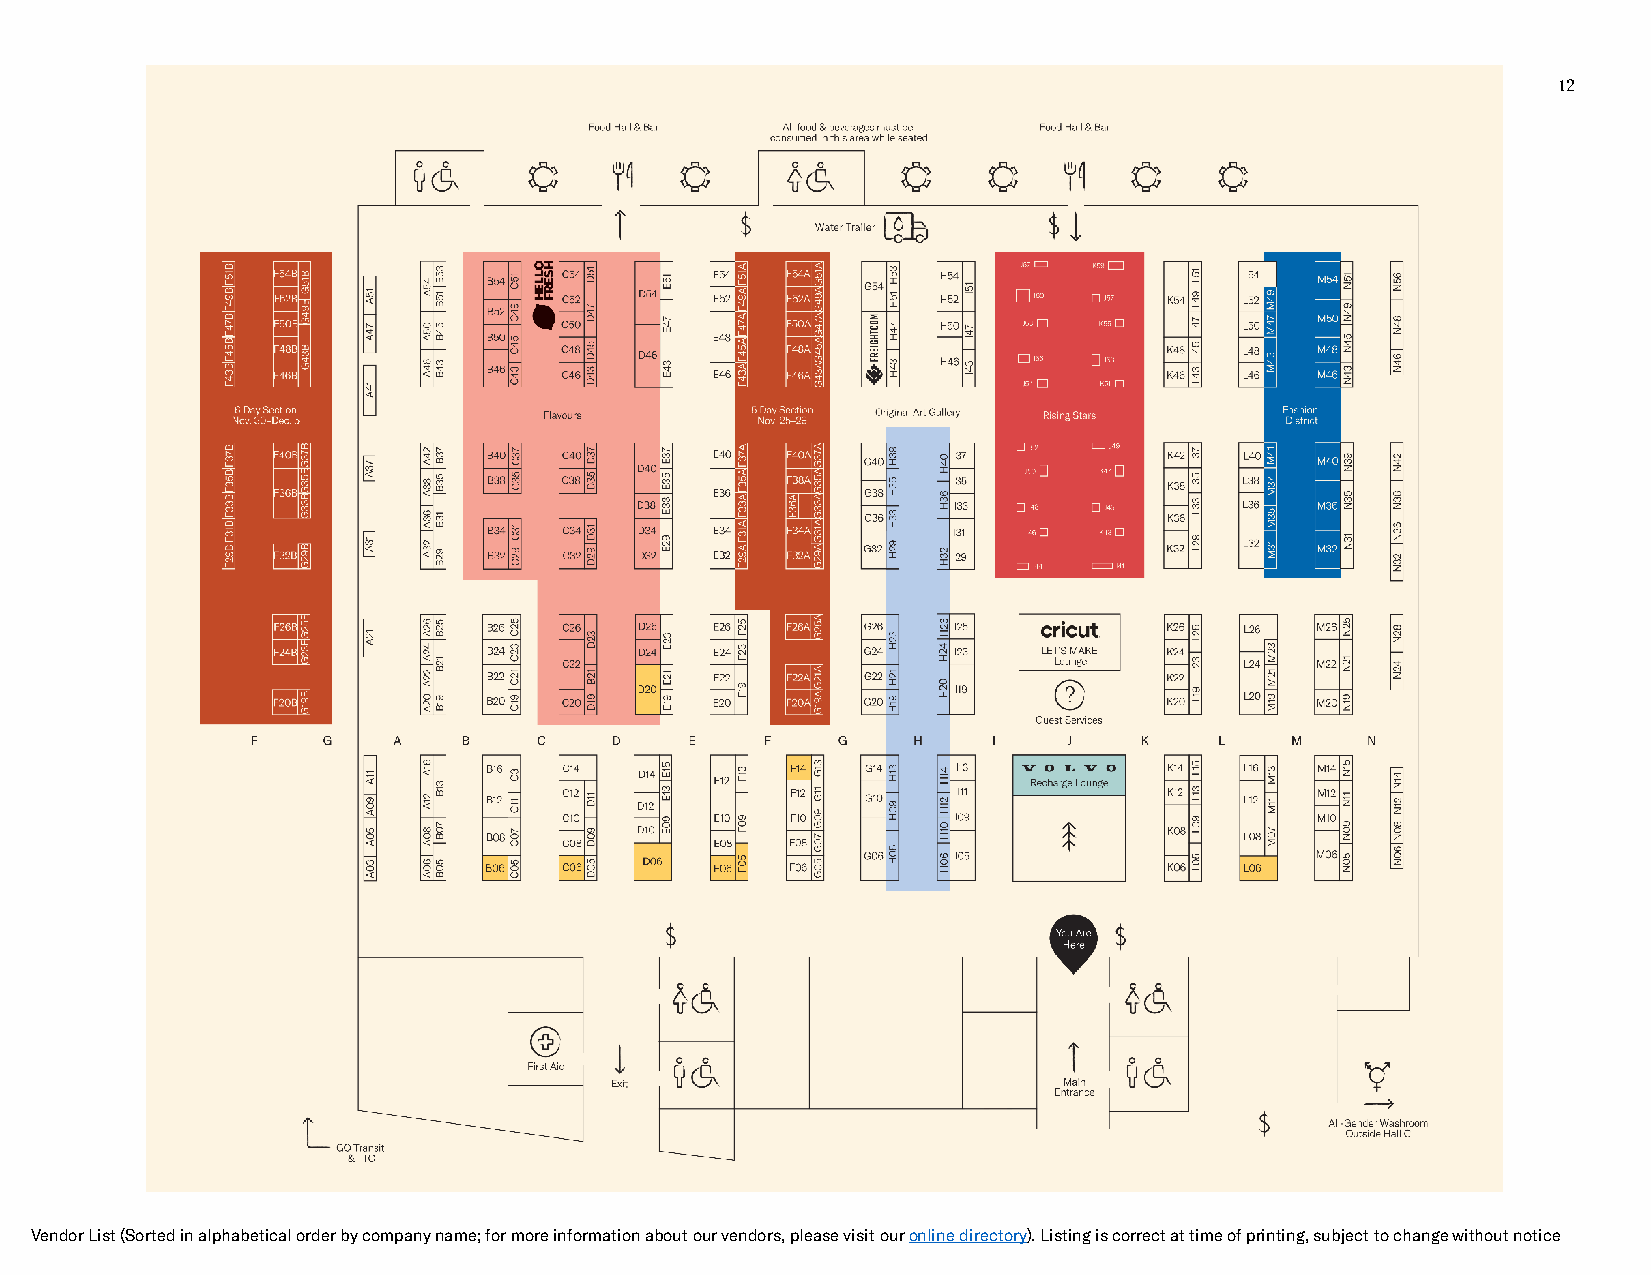
12
 Vendor List (Sorted in alphabetical order by company name; for more information about our vendors, please visit our online directory). Listing is correct at time of printing, subject to change without notice